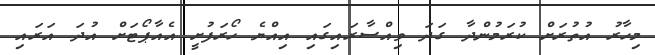
މިހާރު އުތުރަށް ކުރަމުންދާ ގަދަ ވިއްސާރައިގައި އިއްޔެ ހޯރަފުށީ އެއާޕޯޓަށް އުދަ އަރައި